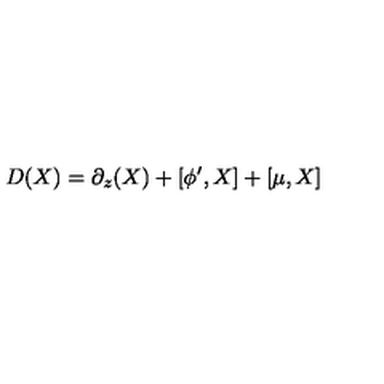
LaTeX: D ( X ) = \partial _ { z } ( X ) + [ \phi ^ { \prime } , X ] + [ \mu , X ] \nonumber